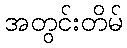
အတွင်းတိမ်